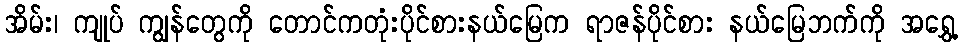
အိမ်း၊ ကျုပ် ကျွန်တွေကို တောင်ကတုံးပိုင်စားနယ်မြေက ရာဇန်ပိုင်စား နယ်မြေဘက်ကို အရွှေ့